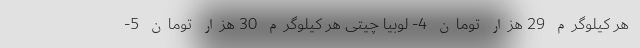
هر کیلوگرم 29 هزار تومان 4- لوبیا چیتی هر کیلوگرم 30 هزار تومان 5-